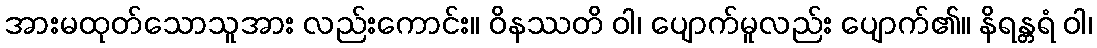
အားမထုတ်သောသူအား လည်းကောင်း။ ဝိနဿတိ ဝါ၊ ပျောက်မူလည်း ပျောက်၏။ နိရန္တရံ ဝါ၊